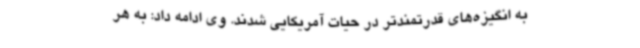
به انگیزه‌های قدرتمندتر در حیات آمریکایی شدند. وی ادامه داد: به هر